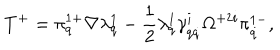
LaTeX: T ^ { + } = \pi _ { q } ^ { 1 + } \nabla \lambda _ { q } ^ { 1 } - \frac 1 2 \lambda _ { q } ^ { 1 } \gamma _ { q \dot { q } } ^ { i } \Omega ^ { + 2 i } \pi _ { \dot { q } } ^ { 1 - } ,